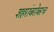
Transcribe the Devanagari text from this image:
शहरांबरोबरच